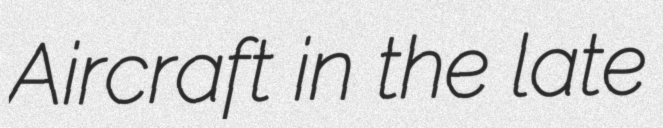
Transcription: Aircraft in the late